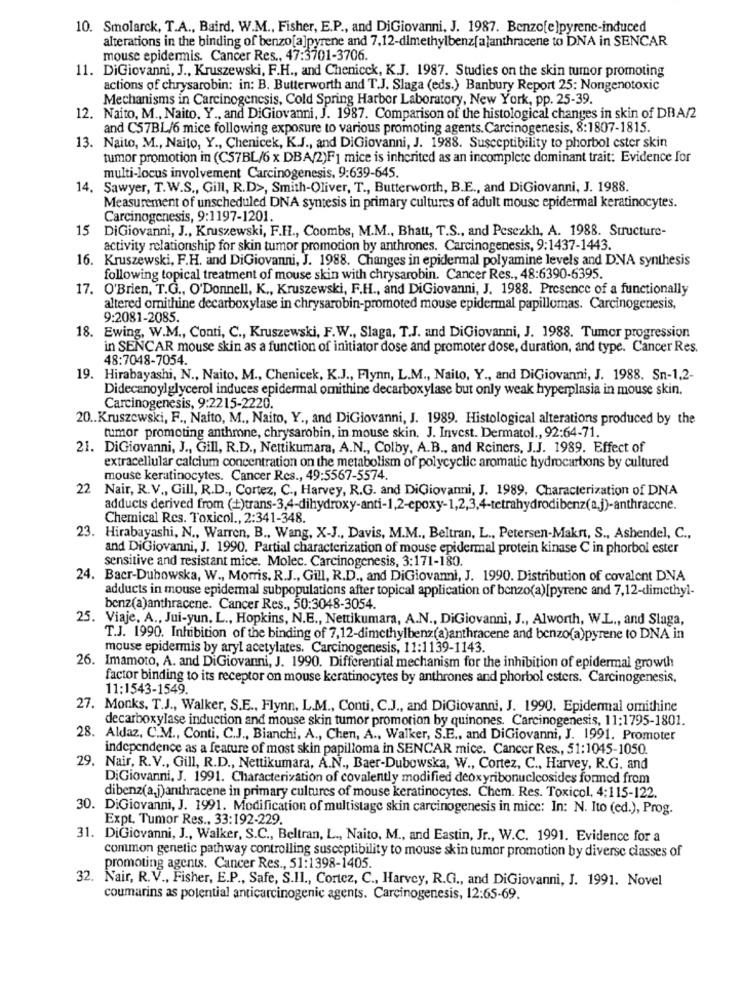
10. Smolarck, T.A ., Baird, W.M ., Fisher, E.P ., and DiGiovanni, J. 1987. Benzo[e)pyrenc-induced
alterations in the binding of benzo[a]pyrene and 7,12-dimethylbenz[a]anthracene to DNA in SENCAR
mouse epidermis. Cancer Res ., 47:3701-3706.
11. DiGiovanni, J ., Kruszewski, F.H ., and Chenicck, K.J. 1987. Studies on the skin tumor promoting
actions of chrysarobin; in: B. Butterworth and T.J. Slaga (eds.) Banbury Report 25: Nongenotoxic
Mechanisms in Carcinogenesis, Cold Spring Harbor Laboratory, New York, pp. 25-39.
12. Naito, M ., Naito, Y ., and DiGiovanni, J. 1987. Comparison of the histological changes in skin of DBA/2
and C57BL/6 mice following exposure to various promoting agents. Carcinogenesis, 8:1807-1815.
13. Naito, M ., Naito, Y ., Chenicek, K.J ., and DiGiovanni, J. 1988. Susceptibility to phorbol ester skin
tumor promotion in (C57BL/6 x DBA/2)F1 mice is inherited as an incomplete dominant trait: Evidence for
multi-locus involvement Carcinogenesis. 9:639-645.
14, Sawyer, T.W.S ., Gill, R.D>, Smith-Oliver, T ., Butterworth, B.E ., and DiGiovanni, J. 1988.
Measurement of unscheduled DNA syntesis in primary cultures of adult mouse epidermal keratinocytes.
Carcinogenesis, 9:1197-1201.
15
DiGiovanni, J ., Kruszewski, F.H ., Coombs, M.M ., Bhatt, T.S ., and Pesezkh, A. 1988. Structure-
activity relationship for skin tumor promotion by anthrones. Carcinogenesis, 9:1437-1443.
16. Kruszewski, F.H. and DiGiovanni, J. 1988. Changes in epidermal polyamine levels and DNA synthesis
following topical treatment of mouse skin with chrysarobin. Cancer Res ., 48:6390-6395.
17. O'Brien, T.G ., O'Donnell, K ., Kruszewski, F.H ., and DiGiovanni, J. 1988. Presence of a functionally
altered ornithine decarboxylase in chrysarobin-promoted mouse epidermal papillomas. Carcinogenesis,
9:2081-2085.
18. Ewing, W.M ., Conti, C ., Kruszewski, F.W ., Slaga, T.J. and DiGiovanni, J. 1988. Tumor progression
in SENCAR mouse skin as a function of initiator dose and promoter dose, duration, and type. Cancer Res.
48:7048-7054.
19. Hirabayashi, N ., Naito, M ., Chenicek, K.J ., Flynn, L.M ., Naito, Y ., and DiGiovanni, J. 1988. Sn-1,2-
Didecanoylglycerol induces epidermal omithine decarboxylase but only weak hyperplasia in mouse skin.
Carcinogenesis, 9:2215-2220.
20 .. Kruszewski, F ., Naito, M ., Naito, Y ., and DiGiovanni, J. 1989. Histological alterations produced by the
tumor promoting anthrone, chrysarobin, in mouse skin. J. Invest. Dermatol ., 92:64-71.
21. DiGiovanni, J ., Gill, R.D ., Nettikumara, A.N ., Colby, A.B ., and Reiners, J.J. 1989. Effect of
extracellular calcium concentration on the metabolism of polycyclic aromatic hydrocarbons by cultured
mouse keratinocytes. Cancer Res ., 49:5567-5574.
22
Nair, R.V ., Gill, R.D ., Cortez, C ., Harvey, R.G. and DiGiovanni, J. 1989, Characterization of DNA
adducts derived from (+)trans-3,4-dihydroxy-anti-1,2-epoxy-1,2,3,4-tetrahydrodibenz(a.j)-anthraccne.
Chemical Res. Toxicol ., 2:341-348.
23. Hirabayashi, N ., Warren, B ., Wang, X-J ., Davis, M.M ., Beltran, L ., Petersen-Makrt, S ., Ashendel, C .,
and DiGiovanni, J. 1990. Partial characterization of mouse epidermal protein kinase C in phorbol ester
sensitive and resistant mice. Molec. Carcinogenesis, 3:171-180.
24. Bacr-Dubowska, W ., Morris. R.J ., Gill, R.D ., and DiGiovanni, J. 1990. Distribution of covalent DNA
adducts in mouse epidermal subpopulations after topical application of benzo(a)[pyrene and 7,12-dimethyl-
benz(a)anthracene. Cancer Res ., 50:3048-3054.
. Viaje, A ., Jui-yun, L ., Hopkins, N.E ., Nettikumara, A.N ., DiGiovanni, J ., Alworth, W.L ., and Slaga,
T.J. 1990. Inhibition of the binding of 7,12-dimethylbenz(a)anthracene and benzo(a)pyrene to DNA in
mouse epidermis by aryl acetylates. Carcinogenesis, 11:1139-1143.
26. Imamoto, A. and DiGiovanni, J. 1990. Differential mechanism for the inhibition of epidermal growth
factor binding to its receptor on mouse keratinocytes by anthrones and phorbol esters. Carcinogenesis,
11:1543-1549
27. Monks, T.J ., Walker, S.E ., Flynn, L.M ., Conti, C.J ., and DiGiovanni, J. 1990. Epidermal omithine
decarboxylase induction and mouse skin tumor promotion by quinones. Carcinogenesis, 11:1795-1801.
28. Aldaz, C.M ., Conti, C.J ., Bianchi, A ., Chen, A ., Walker, S.E ., and DiGiovanni, J. 1991. Promoter
independence as a feature of most skin papilloma in SENCAR mice. Cancer Res ., 51:1045-1050.
29. Nair, R.V ., Gill, R.D ., Nettikumara, A.N ., Baer-Dubowska, W ., Cortez, C ., Harvey, R.G. and
DiGiovanni, J. 1991. Characterization of covalently modified deoxyribonuclcosides formed from
dibenz(a,j)anthracene in primary cultures of mouse keratinocytes. Chem. Res. Toxicol, 4:115-122.
30. DiGiovanni, J. 1991. Modification of multistage skin carcinogenesis in mice: In: N. Ito (ed.), Prog.
Expt. Tumor Res ., 33:192-229.
31. DiGiovanni, J ., Walker, S.C ., Beltran, L ., Naito, M ., and Eastin, Jr ., W.C. 1991. Evidence for a
common genetic pathway controlling susceptibility to mouse skin tumor promotion by diverse classes of
promoting agents. Cancer Res ., 51:1398-1405.
32. Nair, R.V ., Fisher, E.P ., Safe, S.Il ., Cortez, C ., Harvey, R.G ., and DiGiovanni, J. 1991. Novel
coumarins as potential anticarcinogenic agents. Carcinogenesis, 12:65-69.